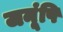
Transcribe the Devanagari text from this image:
जनूंषि